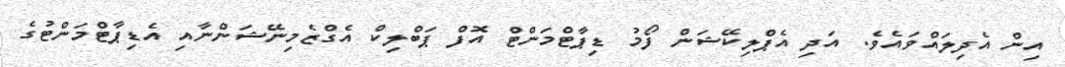
އިން އެދިލައްވައެވެ. އަދި އެޕްލިކޭޝަން ފޯމު ޑިޕާޓްމަންޓް އޮފް ޕަބްލިކް އެގްޒެމިނޭޝަންނާއި އެޑިޕާޓްމަންޓުގެ